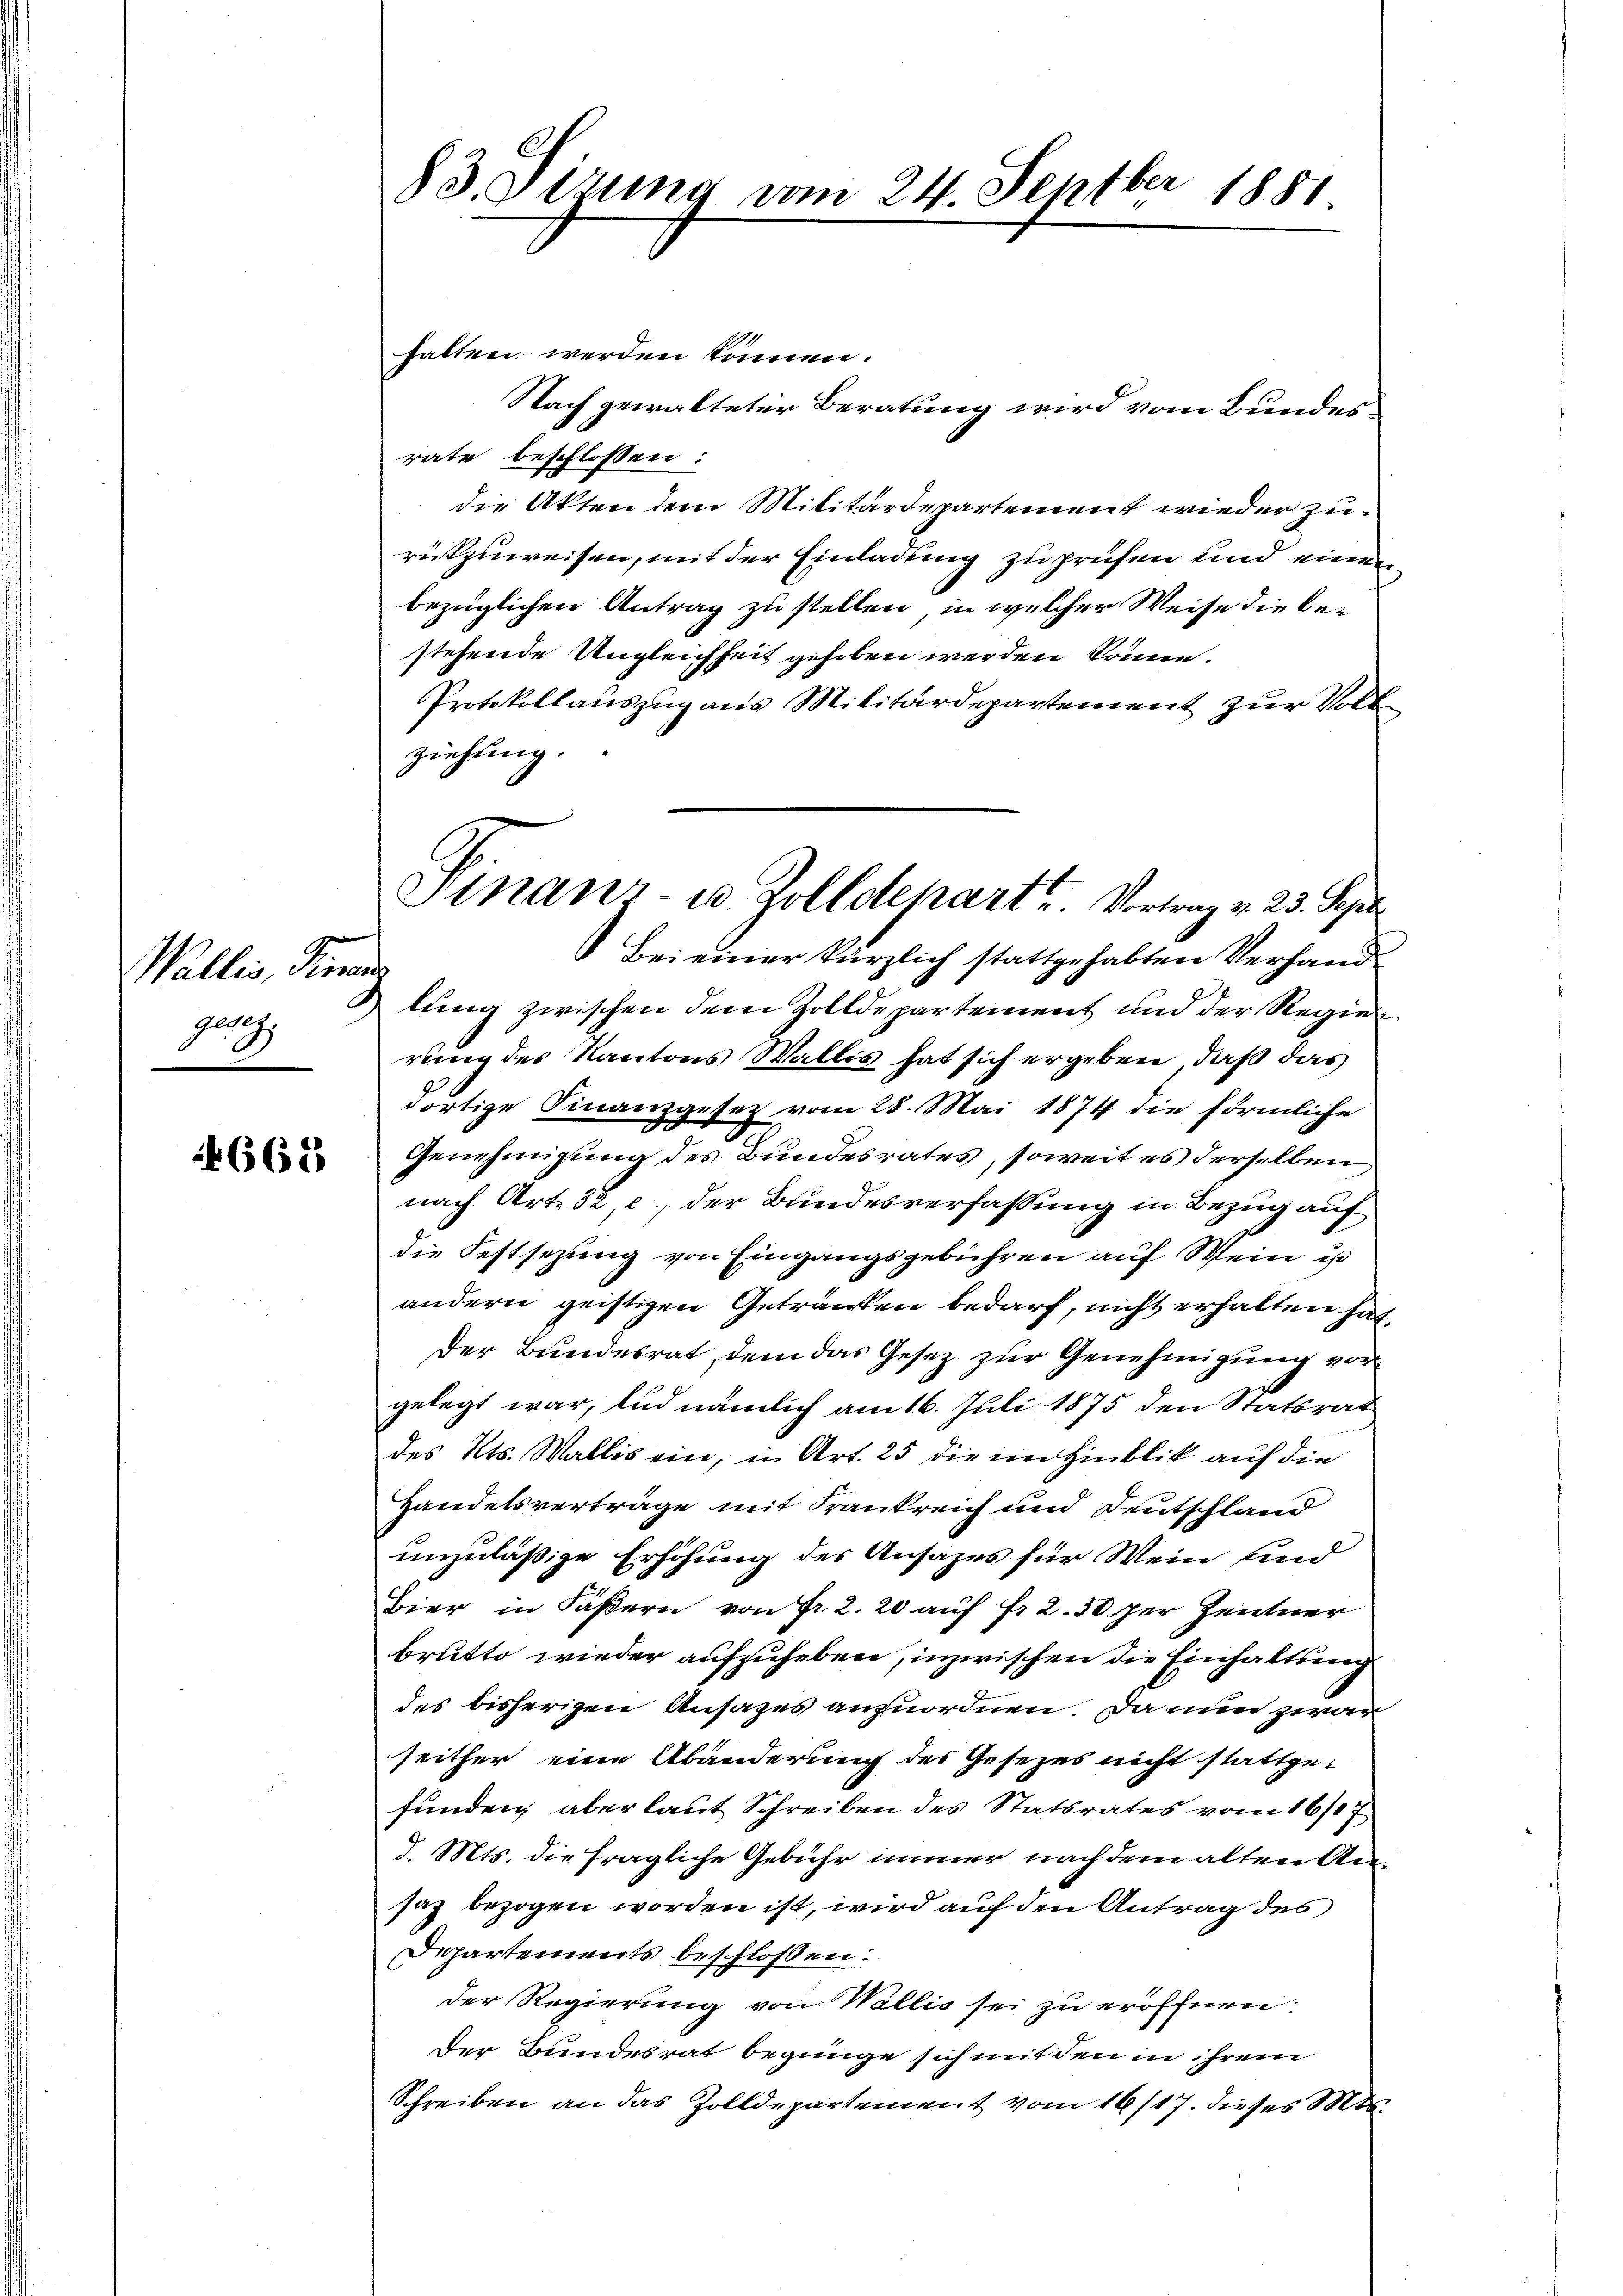
Wallis, Sinne
gesez

665

83. Sizung vom 24. Septber 1881

hatten werden können.
Nach gewalteter Beratung wird vom Bundesrate beschlossen:
die Akten dem Militärdepartement wieder zurükzuweisen, mit der Einladung zu prüfen und einen
bezüglichen Antrag zu stellen, in welcher Weise die bestehende Ungleichheit gehoben werden könne.
Protokollauszug aus Militärdepartement zur Vollziehung.
rung des Kantons Wallis hat sich ergeben, daß das
dortige Finanzgesetz vom 28. Mai 1874 die förmliche
1
Genehmigung des Bundesrates, soweit es derselben
nach Art. 32 c, der Bundesverfassung in Bezug auf
die Festsezung von Eingangsgebühren auf Wein is
andern geistigen Getränken bedarf, nicht erhalten hat.
Der Bundesrat, dem das Gesez zur Genehmigung vorgelegt war, und nämlich am 16. Juli 1875 den Statsrat
des Kts. Wallis ein, in Art. 25 die im Hinblik auf die
Handelsverträge mit Frankreich und Deutschland
unzuläßige Erhöhung des Ansazes für Wein sind
Bier in Fäßern von Fr. 2. 20 auf Fr. 2. 50 per Zentner
brutto wieder aufzuheben, inzwischen die Einhaltung
des bisherigen Ansages anzuordnen. Da nun zwar
seither eine Abänderung des Gesezes nicht stattgefunden, aber laut Schreiben des Statsrates vom 16/07.
d. Mts. die fragliche Gebühr immer nachdem alten Ansaz bezogen worden ist, wird auf den Antrag des
Departements beschlossen:
der Regierung von Wallis sei zu eröffnen.
der Bundesrat beginge sich mit den in ihrem
Schreiben an das Zolldepartement vom 16/17. dieses Mts.

Finanz- u. Zolldepart. Vortrag v. 23. Sept.
Bei einer kürzlich stattgehabten Verhand
lung zwischen dem Zolldepartement und der Regier